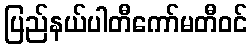
ပြည်နယ်ပါတီကော်မတီဝင်